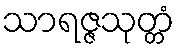
သာရဇ္ဇသုတ္တံ